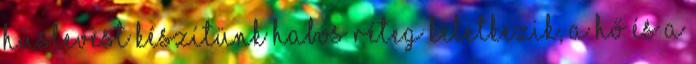
húslevest készítünk habos réteg keletkezik, a hő és a